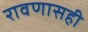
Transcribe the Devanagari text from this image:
रावणासही